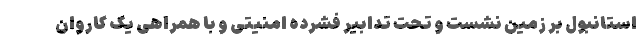
استانبول بر زمین نشست و تحت تدابیر فشرده امنیتی و با همراهی یک کاروان